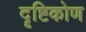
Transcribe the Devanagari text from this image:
दॄष्टिकोण